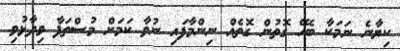
ކިޔާނެ ނަމަކާ ބެހޭ ގޮތުން ގޮތެއް ނިންމާފައި ނުވާ ކަމަށް މުސްތަފާ ވިދާޅުވި